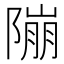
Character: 𨻱